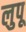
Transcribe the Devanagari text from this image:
लुपू